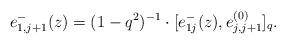
LaTeX: \begin{align*} e^-_{1,j+1}(z)=(1-q^2)^{-1} \cdot [e^-_{1j}(z),e^{(0)}_{j,j+1}]_q.\end{align*}